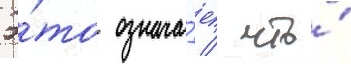
Э́то означа́ет / что́